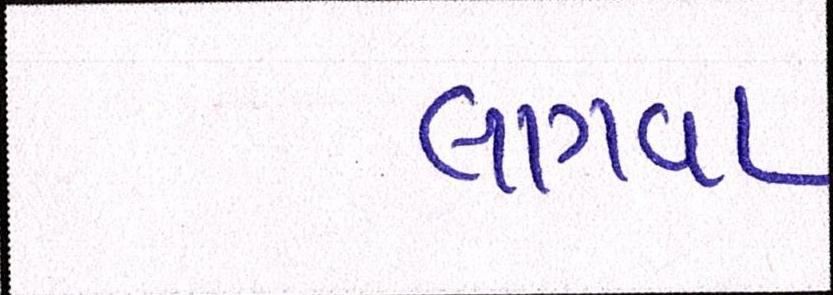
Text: લાગવા